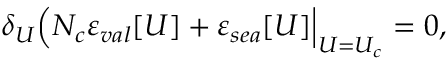
\delta _ { U } \Bigl ( N _ { c } \varepsilon _ { v a l } [ U ] + \varepsilon _ { s e a } [ U ] \Bigr | _ { U = U _ { c } } = 0 ,